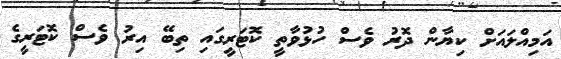
އަމިއްލައަށް ކިޔާން ދޮރު ވެސް ހުޅުވާތީ ކޮޓަރީގައި ތިބޭ އިރު ވެސް ކޮޓަރީގެ